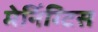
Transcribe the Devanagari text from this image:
मेनिंग्टिस